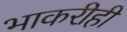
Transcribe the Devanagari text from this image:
भाकरीही